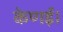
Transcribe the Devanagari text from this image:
केणई।